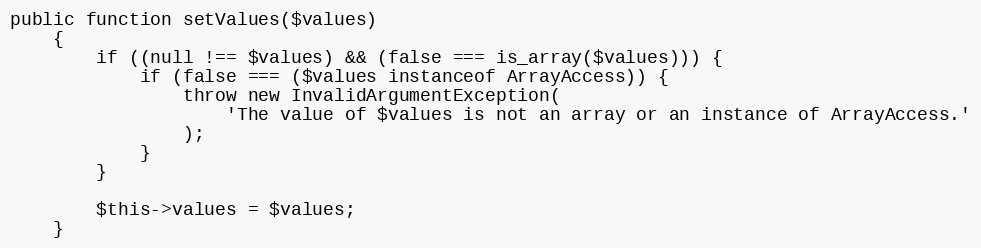
Language: PHP
public function setValues($values)
    {
        if ((null !== $values) && (false === is_array($values))) {
            if (false === ($values instanceof ArrayAccess)) {
                throw new InvalidArgumentException(
                    'The value of $values is not an array or an instance of ArrayAccess.'
                );
            }
        }

        $this->values = $values;
    }